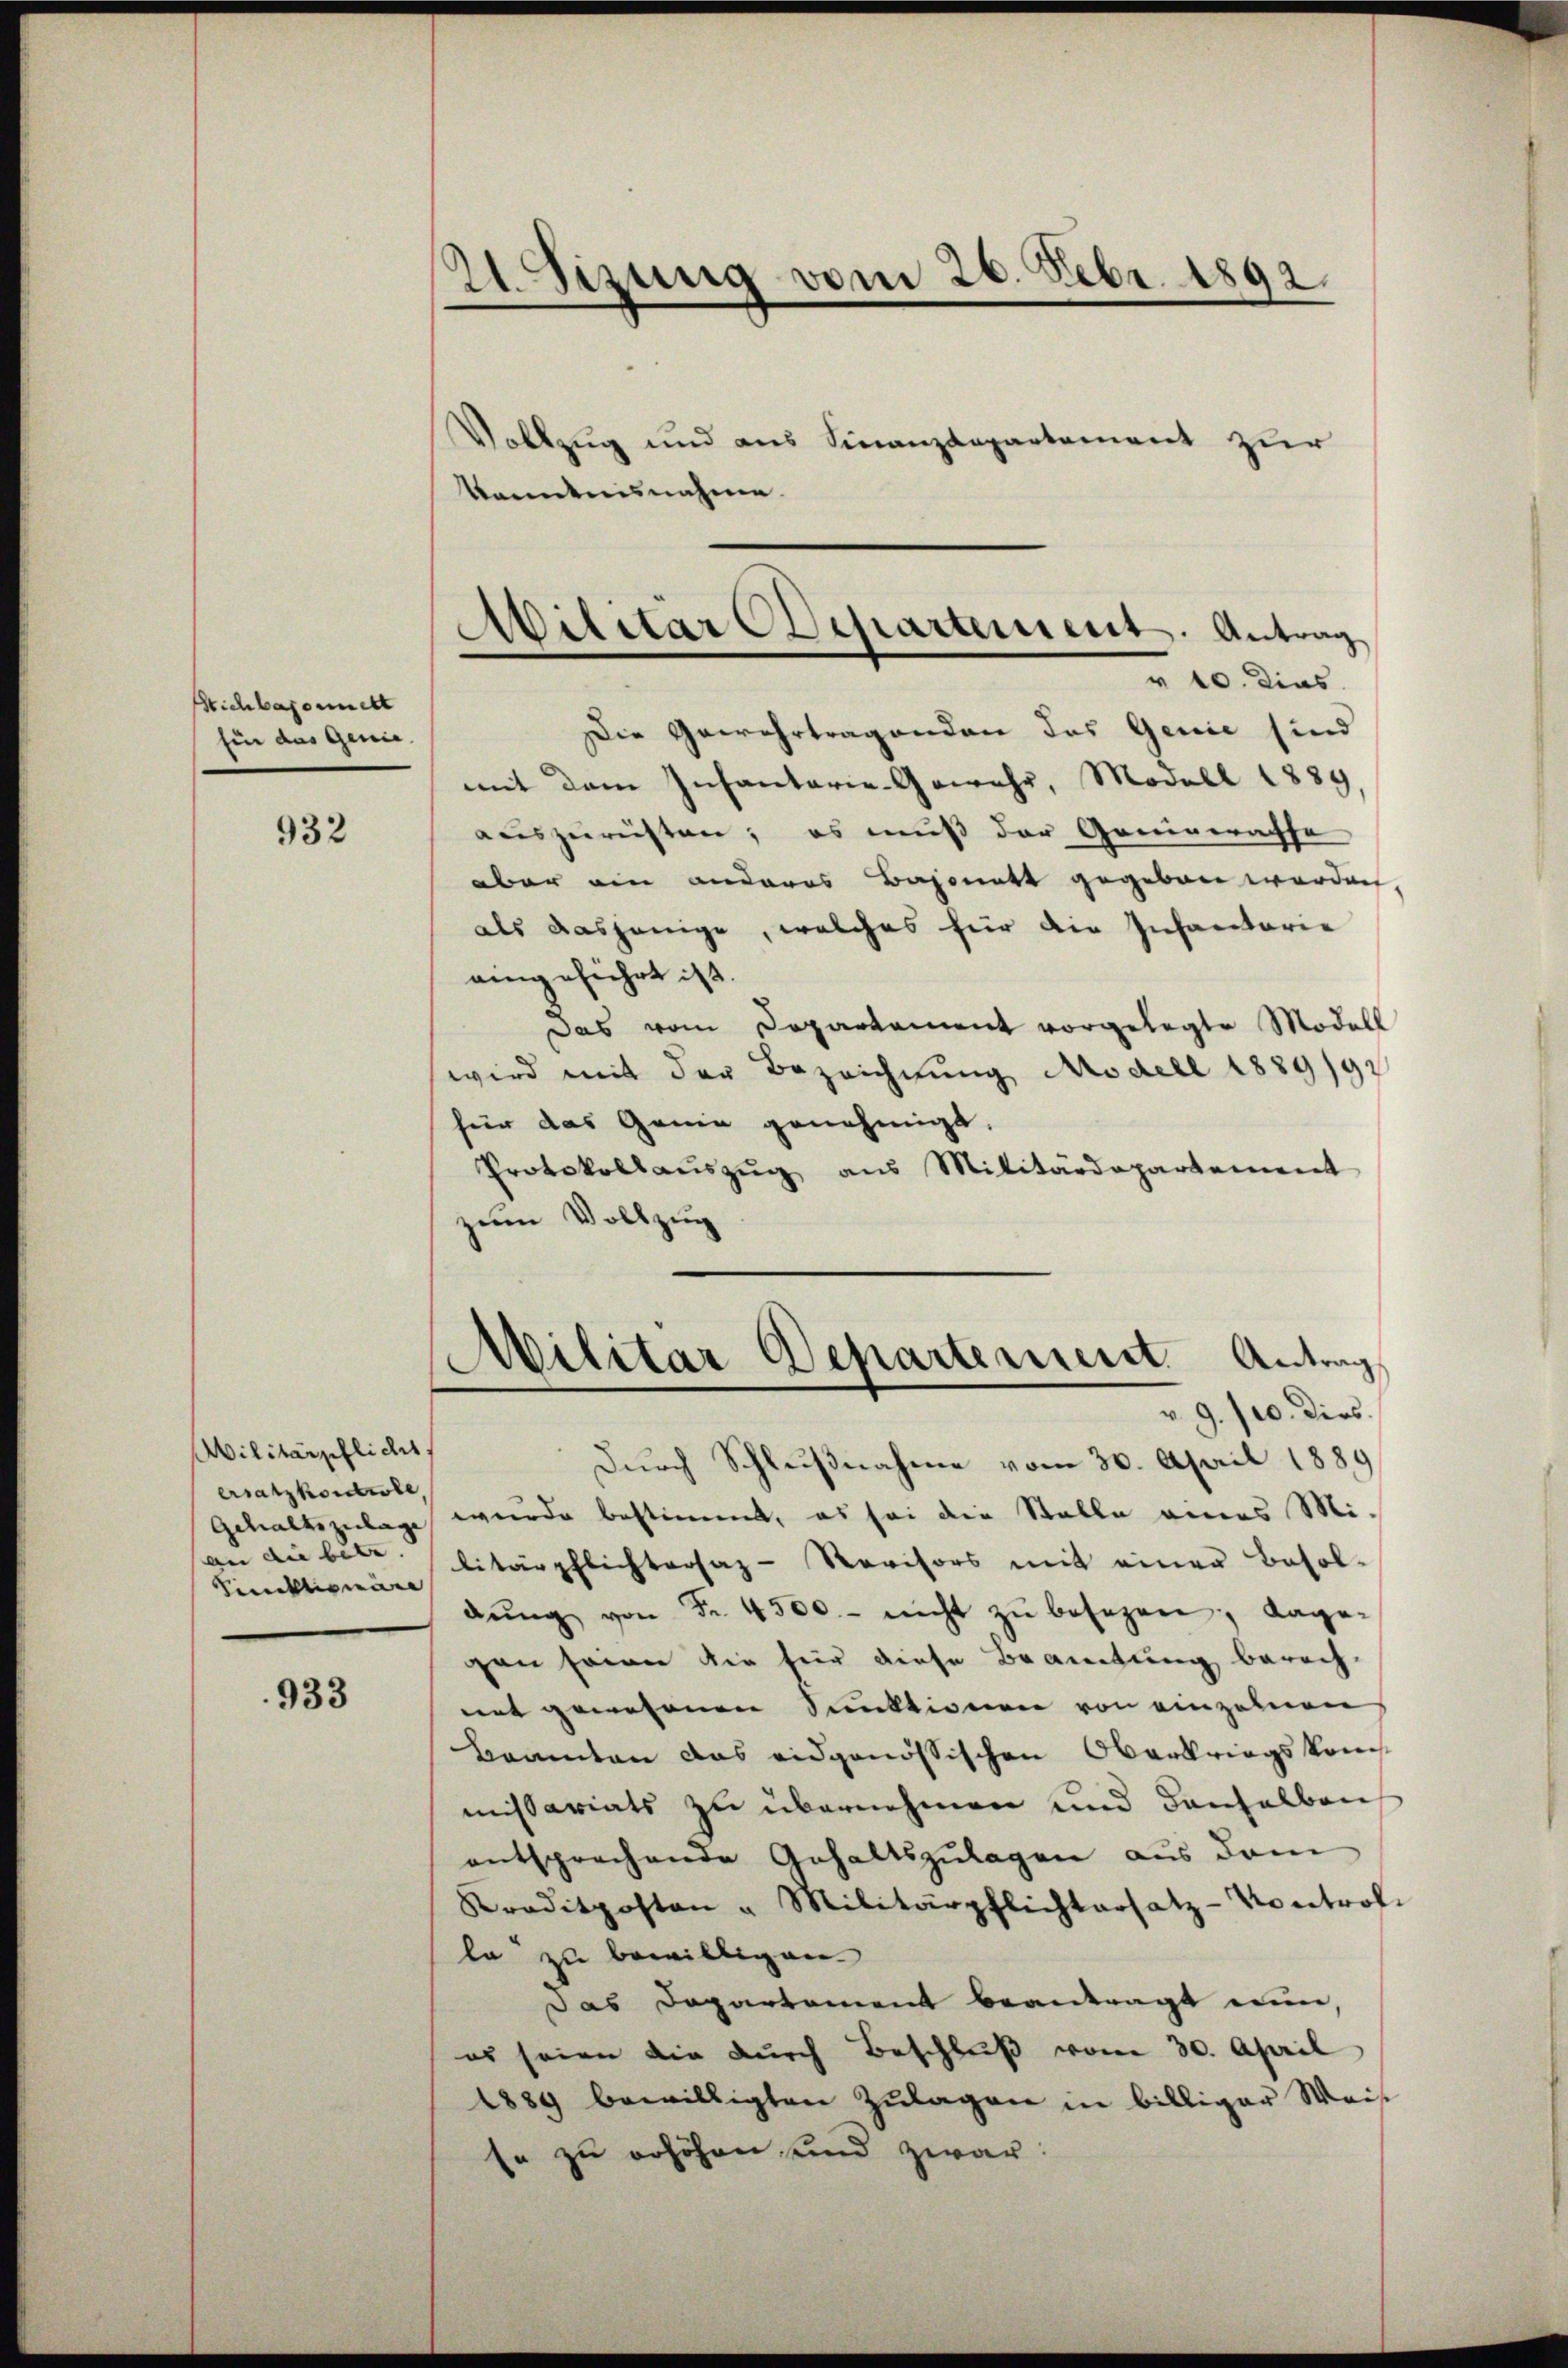
Michlagomnest
für das Genie.

932

Militärpflicht
ersatzkondole
an die betr.
Sinktionäre

933

21. Seizung vom 26. Febr. 1892.

Militar Departement. Antrag
v 10. Dias.

Vollzug und aus Finanzdepartement zur
kanntnisnahme.
Die Gewehrtragenden des Genie sind
mit dem Infantarie-Gewehr, Modell 1889,
auszureisten; es muß der Genigeraffe
aber ein anderes Bajonett gegeben werden,
als dasjenige, welches für die Infantarie
eingeführt ist.
Das vom Departement vorgelegte Modell
wird mit der Bezeichnung Modell 1889/9
hür das Genie genehmigt.
Protokollaŭszŭg aŭs Militärdepartement
zum Vollzug
Militar Departement. Antrag,
v. 9. 10. dies.
Durch Schlußnahme vom 30. April 1889
Gehaltszulage wurde bestimmt, es sei die Stelle eines Militärpflichtersaz-Revisors mit einer Besoldŭng von Fr. 4500.- nicht zŭ besezen; dage-
gan seine die für diese Beamtung berech-
mit gewesenen Sektionen von einzelnen
Beamten das eidgenössischen Oberkriegskommissariats zu übernehmen und denselben
entsprechende Gehaltszulagen aus dem
Kraditposten & Militärpflichtersatz-Kontrol.
la zu bewilligen.
Das Departament beantragt nun,
es seien die durch Beschluß vom 30. April
1889 bewilligten Zŭlagen in billiger Weis
se zu erhöhen und zwar